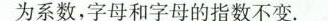
为系数，字母和字母的指数不变。